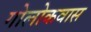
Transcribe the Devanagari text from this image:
गोलोकवास